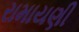
રામાયણી